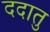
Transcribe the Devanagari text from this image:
ददातु